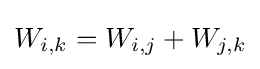
W_{i,k}=W_{i,j}+W_{j,k}